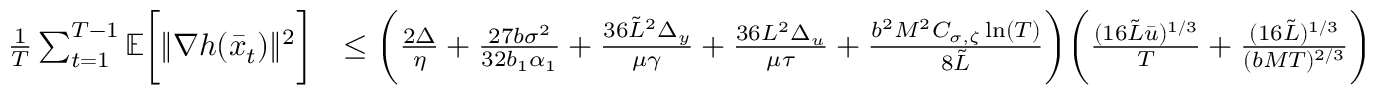
\begin{array} { r l } { \frac { 1 } { T } \sum _ { t = 1 } ^ { T - 1 } \mathbb { E } \bigg [ \| \nabla h ( \bar { x } _ { t } ) \| ^ { 2 } \bigg ] } & { \leq \bigg ( \frac { 2 \Delta } { \eta } + \frac { 2 7 b \sigma ^ { 2 } } { 3 2 b _ { 1 } \alpha _ { 1 } } + \frac { 3 6 \tilde { L } ^ { 2 } \Delta _ { y } } { \mu \gamma } + \frac { 3 6 L ^ { 2 } \Delta _ { u } } { \mu \tau } + \frac { b ^ { 2 } M ^ { 2 } C _ { \sigma , \zeta } \ln ( T ) } { 8 \tilde { L } } \bigg ) \bigg ( \frac { ( 1 6 \tilde { L } \bar { u } ) ^ { 1 / 3 } } { T } + \frac { ( 1 6 \tilde { L } ) ^ { 1 / 3 } } { ( b M T ) ^ { 2 / 3 } } \bigg ) } \end{array}